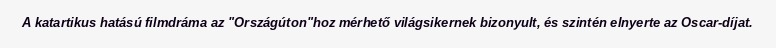
A katartikus hatású filmdráma az "Országúton"hoz mérhető világsikernek bizonyult, és szintén elnyerte az Oscar-díjat.